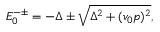
\begin{array} { r } { E _ { 0 } ^ { - \pm } = - \Delta \pm \sqrt { \Delta ^ { 2 } + ( v _ { 0 } p ) ^ { 2 } } , } \end{array}